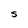
Character: S